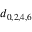
d _ { 0 , 2 , 4 , 6 }